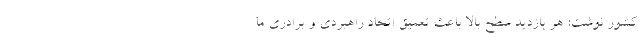
کشور نوشت: هر بازدید سطح بالا باعث تعمیق اتحاد راهبردی و برادری ما